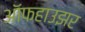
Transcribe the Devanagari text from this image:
ऑफहाउझर